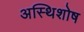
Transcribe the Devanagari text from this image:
अस्थिशोष